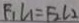
F _ { 1 } L _ { 1 } = F _ { 2 } L _ { 2 }